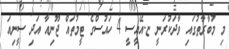
މި މުބާރާތުގައި ވާދަކުރަނީ ޏ.އޭއީސީ 4 ހައުސްގެ ޓީމުތައް ޖޫނިއާ އަދި ސީނިއަ